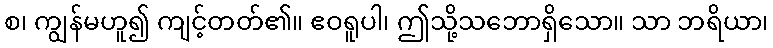
စ၊ ကျွန်မဟူ၍ ကျင့်တတ်၏။ ဧဝရူပါ၊ ဤသို့သဘောရှိသော။ သာ ဘရိယာ၊